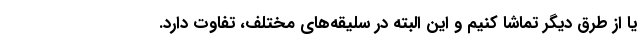
یا از طرق دیگر تماشا کنیم و این البته در سلیقه‌های مختلف، تفاوت دارد.